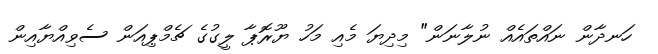
ހަނދާން ނައްތައެއް ނުލާނަން" މިދިޔަ މެއި މަހު ޔޫރޮޕާ ލީގުގެ ޗެމްޕިއަން ސެވިއްޔާއިން